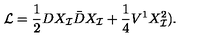
{ \cal L } = \frac { { 1 } } { 2 } D X _ { \cal I } \bar { D } X _ { \cal I } + \frac { 1 } { 4 } V ^ { 1 } X _ { \cal I } ^ { 2 } ) .